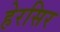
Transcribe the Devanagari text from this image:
हेरसिर